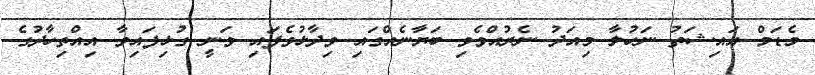
މެޑަމް އައިޝަތު ނަހުލާ މިއަދު ނެރުއްވެވި ބަޔާނެއްގައި ވިދާޅުވެފައި ވަނީ ގުޅިފައިވާ އިއްތިހާދުގެ